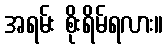
အရမ်း စိုးရိမ်ရလား။